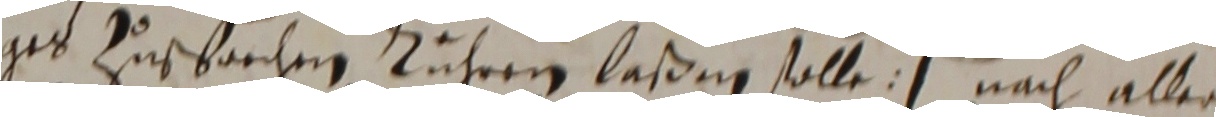
geb zuspaechen führen laßnne solle. nach aller